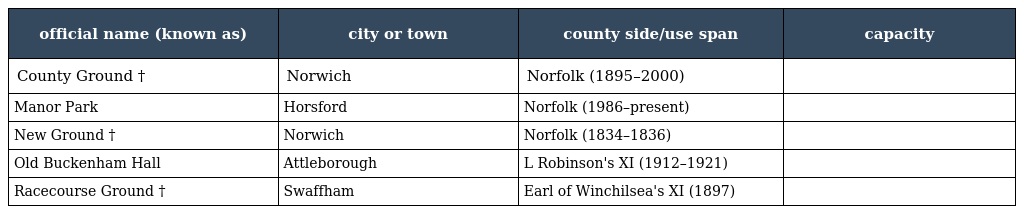
| official name (known as) | city or town | county side/use span | capacity |
 | --- | --- | --- | --- |
 | County Ground † | Norwich | Norfolk (1895–2000) |  |
 | Manor Park | Horsford | Norfolk (1986–present) |  |
 | New Ground † | Norwich | Norfolk (1834–1836) |  |
 | Old Buckenham Hall | Attleborough | L Robinson's XI (1912–1921) |  |
 | Racecourse Ground † | Swaffham | Earl of Winchilsea's XI (1897) |  |